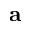
\mathbf { a }